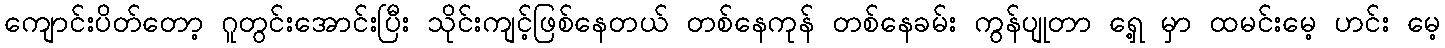
ကျောင်းပိတ်တော့ ဂူတွင်းအောင်းပြီး သိုင်းကျင့်ဖြစ်နေတယ် တစ်နေကုန် တစ်နေခမ်း ကွန်ပျုတာ ရှေ့ မှာ ထမင်းမေ့ ဟင်း မေ့